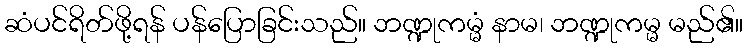
ဆံပင်ရိတ်ဖို့ရန် ပန်ပြောခြင်းသည်။ ဘဏ္ဍုကမ္မံ နာမ၊ ဘဏ္ဍုကမ္မ မည်၏။